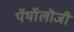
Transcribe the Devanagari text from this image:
पॅथॉलॊजी